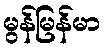
မွန်မြန်မာ